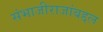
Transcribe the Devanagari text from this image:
संभाजीराजांबद्दल